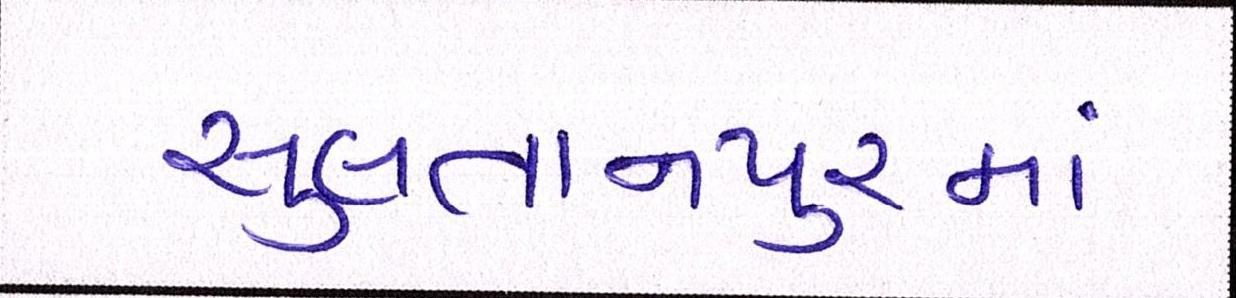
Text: સુલતાનપુરમાં